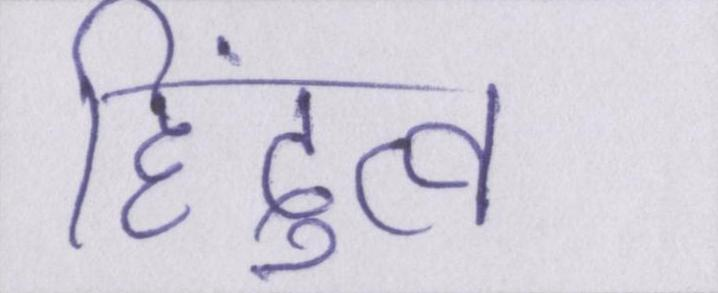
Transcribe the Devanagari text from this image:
हिंदुत्व